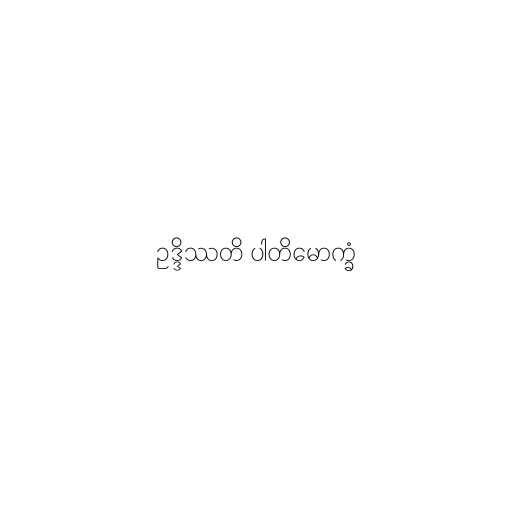
ဥဒ္ဒိဿတိ ပါတိမောက္ခံ